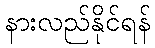
နားလည်နိုင်ရန်